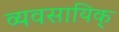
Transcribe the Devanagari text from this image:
व्यवसायिक्